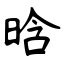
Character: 晗